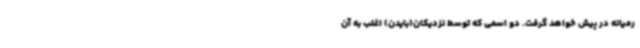
رمیانه در پیش خواهد گرفت. دو اسمی که توسط نزدیکان(بایدن) اغلب به آن